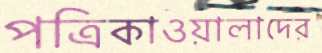
পত্রিকাওয়ালাদের